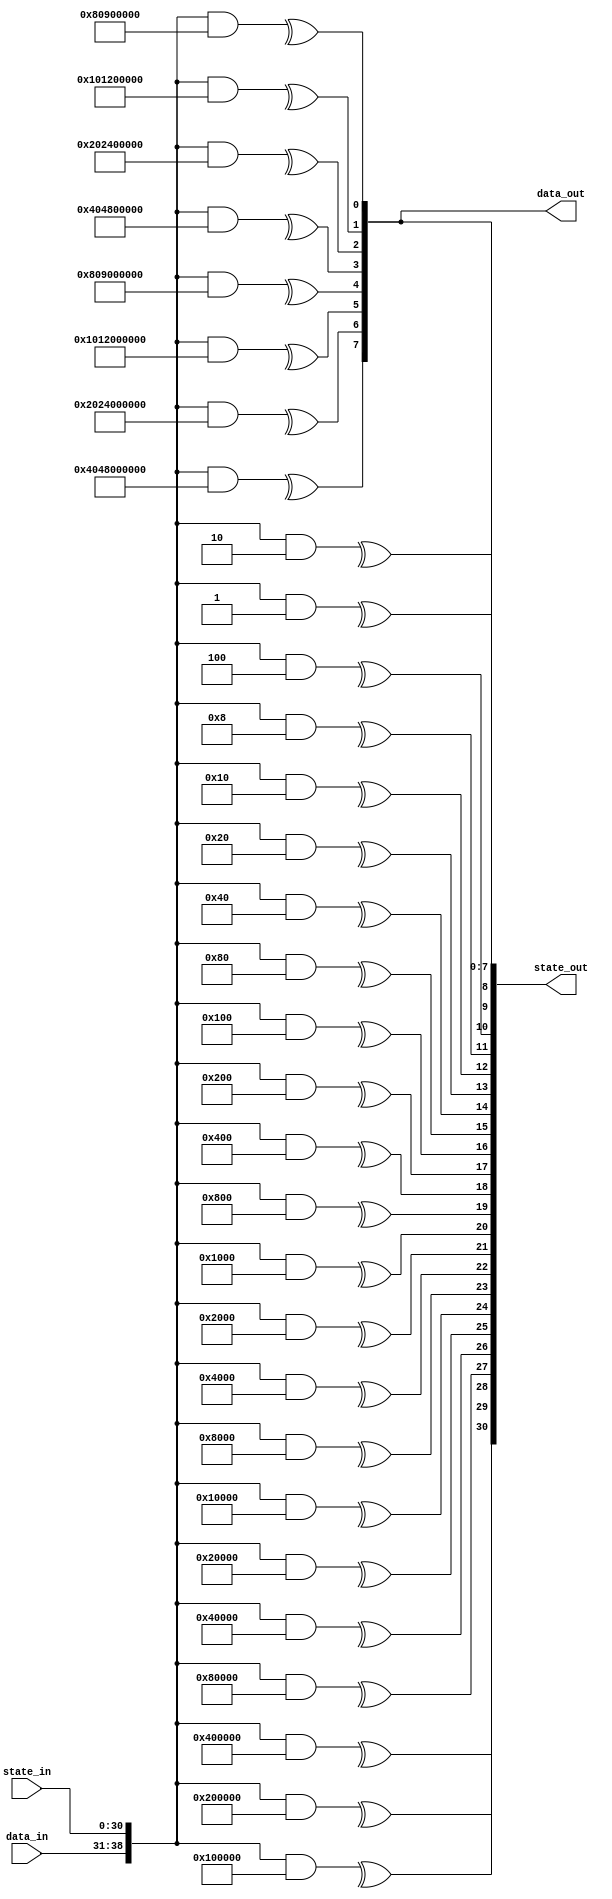
/*

Copyright (c) 2016-2023 Alex Forencich

Permission is hereby granted, free of charge, to any person obtaining a copy
of this software and associated documentation files (the "Software"), to deal
in the Software without restriction, including without limitation the rights
to use, copy, modify, merge, publish, distribute, sublicense, and/or sell
copies of the Software, and to permit persons to whom the Software is
furnished to do so, subject to the following conditions:

The above copyright notice and this permission notice shall be included in
all copies or substantial portions of the Software.

THE SOFTWARE IS PROVIDED "AS IS", WITHOUT WARRANTY OF ANY KIND, EXPRESS OR
IMPLIED, INCLUDING BUT NOT LIMITED TO THE WARRANTIES OF MERCHANTABILITY
FITNESS FOR A PARTICULAR PURPOSE AND NONINFRINGEMENT. IN NO EVENT SHALL THE
AUTHORS OR COPYRIGHT HOLDERS BE LIABLE FOR ANY CLAIM, DAMAGES OR OTHER
LIABILITY, WHETHER IN AN ACTION OF CONTRACT, TORT OR OTHERWISE, ARISING FROM,
OUT OF OR IN CONNECTION WITH THE SOFTWARE OR THE USE OR OTHER DEALINGS IN
THE SOFTWARE.

*/

// Language: Verilog 2001

`resetall
`timescale 1ns / 1ps
`default_nettype none

/*
 * Parametrizable combinatorial parallel LFSR/CRC (Linear Feedback Shift Register/Cyclic Redundancy Check)
 */
module lfsr #
(
    // ancho del LFSR
    parameter LFSR_WIDTH = 31,
    // polinomio del LFSR
    parameter LFSR_POLY = 31'h10000001,	// los 31 bits son el grado del polinomio, despus los trminos 1 y x^y se representan por 1, en este caso: x^31+x^28+1. El trmino ms grande del polinomio (x^31) no se incluye en este parmetro, sino que se genera automticamente por LFSR_WIDTH
    // LFSR configuracion: "GALOIS", "FIBONACCI" Fibonacci is generally used for linear-feedback shift registers (LFSR) for pseudorandom binary sequence (PRBS) generators, scramblers, and descrambers,
    // while Galois is generally used for cyclic redundancy check generators and checkers.
    parameter LFSR_CONFIG = "FIBONACCI",	// genera secuencias binarias pseudoaleatorias
    // LFSR feed forward enable: habilita el feed forward en vez de feedback (en este caso no est habilitado)
    parameter LFSR_FEED_FORWARD = 0, 		// Enable this for PRBS checking and self- synchronous descrambling.
    // bit-reverse input and output: en este caso no invierte la entrada y salida del LFSR
    parameter REVERSE = 0,	//Shifts MSB first by default, set REVERSE for LSB first.
    // width of data input
    parameter DATA_WIDTH = 8,
    // implementation style: "AUTO", "LOOP", "REDUCTION"
    parameter STYLE = "AUTO"	// selecciona automticamente el estilo de implementacin del LFSR segn el entorno de simulacin o sntesis
)
(
    input  wire [DATA_WIDTH-1:0] data_in,	// datos de entrada que se desplazarn a travs del LFSR
    input  wire [LFSR_WIDTH-1:0] state_in,	// estado actual del LFSR
    output wire [DATA_WIDTH-1:0] data_out,	// datos de salida que representan los bits desplazados fuera del LFSR
    output wire [LFSR_WIDTH-1:0] state_out	// prximo estado del LFSR
);

/*

Fully parametrizable combinatorial parallel LFSR/CRC module.  Implements an unrolled LFSR
next state computation, shifting DATA_WIDTH bits per pass through the module.  Input data
is XORed with LFSR feedback path, tie data_in to zero if this is not required.

Works in two parts: statically computes a set of bit masks, then uses these bit masks to
select bits for XORing to compute the next state.  

Ports:

data_in

Data bits to be shifted through the LFSR (DATA_WIDTH bits)

state_in

LFSR/CRC current state input (LFSR_WIDTH bits)

data_out

Data bits shifted out of LFSR (DATA_WIDTH bits)

state_out

LFSR/CRC next state output (LFSR_WIDTH bits)

Parameters:

LFSR_WIDTH

Specify width of LFSR/CRC register

LFSR_POLY

Specify the LFSR/CRC polynomial in hex format.  For example, the polynomial

x^32 + x^26 + x^23 + x^22 + x^16 + x^12 + x^11 + x^10 + x^8 + x^7 + x^5 + x^4 + x^2 + x + 1

would be represented as

32'h04c11db7

Note that the largest term (x^32) is suppressed.  This term is generated automatically based
on LFSR_WIDTH.

LFSR_CONFIG

Specify the LFSR configuration, either Fibonacci or Galois.  Fibonacci is generally used
for linear-feedback shift registers (LFSR) for pseudorandom binary sequence (PRBS) generators,
scramblers, and descrambers, while Galois is generally used for cyclic redundancy check
generators and checkers.

Fibonacci style (example for 64b66b scrambler, 0x8000000001 = 1+x^39)

   DIN (LSB first) (DIN = Datos de Entrada)
    |
    V
   (+)<---------------------------(+)<-----------------------------.
    |                              ^                               |
    |  .----.  .----.       .----. |  .----.       .----.  .----.  |
    +->|  0 |->|  1 |->...->| 38 |-+->| 39 |->...->| 56 |->| 57 |--'
    |  '----'  '----'       '----'    '----'       '----'  '----'
    V
   DOUT	(DOUT = Datos de salida)

Galois style (example for CRC16, 0x8005 = x^15+x^2+1)

    ,-------------------+-------------------------+----------(+)<-- DIN (MSB first)
    |                   |                         |           ^
    |  .----.  .----.   V   .----.       .----.   V   .----.  |
    `->|  0 |->|  1 |->(+)->|  2 |->...->| 14 |->(+)->| 15 |--+---> DOUT
       '----'  '----'       '----'       '----'       '----'

LFSR_FEED_FORWARD

Generate feed forward instead of feed back LFSR.  Enable this for PRBS checking and self-
synchronous descrambling.

Fibonacci feed-forward style (example for 64b66b descrambler, 0x8000000001)

   DIN (LSB first)
    |
    |  .----.  .----.       .----.    .----.       .----.  .----.
    +->|  0 |->|  1 |->...->| 38 |-+->| 39 |->...->| 56 |->| 57 |--.
    |  '----'  '----'       '----' |  '----'       '----'  '----'  |
    |                              V                               |
   (+)<---------------------------(+)------------------------------'
    |
    V
   DOUT

Galois feed-forward style

    ,-------------------+-------------------------+------------+--- DIN (MSB first)
    |                   |                         |            |
    |  .----.  .----.   V   .----.       .----.   V   .----.   V
    `->|  0 |->|  1 |->(+)->|  2 |->...->| 14 |->(+)->| 15 |->(+)-> DOUT
       '----'  '----'       '----'       '----'       '----'

REVERSE

Bit-reverse LFSR input and output.  Shifts MSB first by default, set REVERSE for LSB first.

DATA_WIDTH

Specify width of input and output data bus.  The module will perform one shift per input
data bit, so if the input data bus is not required tie data_in to zero and set DATA_WIDTH
to the required number of shifts per clock cycle.  

STYLE

Specify implementation style.  Can be "AUTO", "LOOP", or "REDUCTION".  When "AUTO"
is selected, implemenation will be "LOOP" or "REDUCTION" based on synthesis translate
directives.  "REDUCTION" and "LOOP" are functionally identical, however they simulate
and synthesize differently.  "REDUCTION" is implemented with a loop over a Verilog
reduction operator.  "LOOP" is implemented as a doubly-nested loop with no reduction
operator.  "REDUCTION" is very fast for simulation in iverilog and synthesizes well in
Quartus but synthesizes poorly in ISE, likely due to large inferred XOR gates causing
problems with the optimizer.  "LOOP" synthesizes will in both ISE and Quartus.  "AUTO"
will default to "REDUCTION" when simulating and "LOOP" for synthesizers that obey
synthesis translate directives.

Settings for common LFSR/CRC implementations:

Name        Configuration           Length  Polynomial      Initial value   Notes
CRC16-IBM   Galois, bit-reverse     16      16'h8005        16'hffff
CRC16-CCITT Galois                  16      16'h1021        16'h1d0f
CRC32       Galois, bit-reverse     32      32'h04c11db7    32'hffffffff    Ethernet FCS; invert final output
CRC32C      Galois, bit-reverse     32      32'h1edc6f41    32'hffffffff    iSCSI, Intel CRC32 instruction; invert final output
PRBS6       Fibonacci               6       6'h21           any
PRBS7       Fibonacci               7       7'h41           any
PRBS9       Fibonacci               9       9'h021          any             ITU V.52
PRBS10      Fibonacci               10      10'h081         any             ITU
PRBS11      Fibonacci               11      11'h201         any             ITU O.152
PRBS15      Fibonacci, inverted     15      15'h4001        any             ITU O.152
PRBS17      Fibonacci               17      17'h04001       any
PRBS20      Fibonacci               20      20'h00009       any             ITU V.57
PRBS23      Fibonacci, inverted     23      23'h040001      any             ITU O.151
PRBS29      Fibonacci, inverted     29      29'h08000001    any
PRBS31      Fibonacci, inverted     31      31'h10000001    any
64b66b      Fibonacci, bit-reverse  58      58'h8000000001  any             10G Ethernet
128b130b    Galois, bit-reverse     23      23'h210125      any             PCIe gen 3

*/

function [LFSR_WIDTH+DATA_WIDTH-1:0] lfsr_mask(input [31:0] index); // funcion que calcula la mscara para la operacin LFSR. Recibe un ndice como entrada y devuelve una mscara de btis que se utiliza para seleccionar los bits relevantes para el clculo del prximo estado
    reg [LFSR_WIDTH-1:0] lfsr_mask_state[LFSR_WIDTH-1:0];	// registro para almacenar el estado de la mscara del LFSR
    reg [DATA_WIDTH-1:0] lfsr_mask_data[LFSR_WIDTH-1:0];	// registro para almacenar los datos del LFSR
    reg [LFSR_WIDTH-1:0] output_mask_state[DATA_WIDTH-1:0];	// registro del estado de la mscara de salida
    reg [DATA_WIDTH-1:0] output_mask_data[DATA_WIDTH-1:0];	// registro de los datos de la mscara de salida

    reg [LFSR_WIDTH-1:0] state_val;	// registro adicional para almacenar valores de estado
    reg [DATA_WIDTH-1:0] data_val;	// registro adicional para almacenar valores de datos

    reg [DATA_WIDTH-1:0] data_mask;

    integer i, j;

    begin
        // init bit masks inicializo los bits de la mscara
        for (i = 0; i < LFSR_WIDTH; i = i + 1) begin
            lfsr_mask_state[i] = 0;		// inicializa en cero todos los bits del estado de la mscara
            lfsr_mask_state[i][i] = 1'b1;	// pone en uno los elementos de la diagonal principal (bits relevantes para el clculo de la mscara)
            lfsr_mask_data[i] = 0;		// inicializa en cero los bits de datos del LFSR
        end
        for (i = 0; i < DATA_WIDTH; i = i + 1) begin	// inicializa los registros relacionados con la salida de la mscara
            output_mask_state[i] = 0;			// inicializa en cero los bits del estado de la mscara de salida
            if (i < LFSR_WIDTH) begin
                output_mask_state[i][i] = 1'b1;		// pone en uno los elementos de la diagonal principal cuyo ndice sea menor al ancho de LFSR
            end
            output_mask_data[i] = 0;			// inicializa en cero los datos de la mscara de salida
        end

        // simulate shift register
        if (LFSR_CONFIG == "FIBONACCI") begin
            // Fibonacci configuration
            for (data_mask = {1'b1, {DATA_WIDTH-1{1'b0}}}; data_mask != 0; data_mask = data_mask >> 1) begin //  inicializa data_mask con una secuencia binaria que comienza con un 1 seguido de ceros, y luego realiza un desplazamiento a la derecha en cada iteracin hasta que data_mask sea cero.
                // determine shift in value
                // current value in last FF, XOR with input data bit (MSB first)
                state_val = lfsr_mask_state[LFSR_WIDTH-1];	//sate_val toma el valor del estado de la mscara lfsr de la ltima iteracin
                data_val = lfsr_mask_data[LFSR_WIDTH-1];	//data_val toma el valor de dato de la mscara lfsr de la ltima iteracin
                data_val = data_val ^ data_mask;		// realiza una operacin XOR entre data_val y data_mask

                // add XOR inputs from correct indicies
                for (j = 1; j < LFSR_WIDTH; j = j + 1) begin
                    if ((LFSR_POLY >> j) & 1) begin	// Verifica si el bit en la posicin j del polinomio LFSR es 1.
                        state_val = lfsr_mask_state[j-1] ^ state_val;	//realiza una operacin XOR entre state_val y el estado correspondiente en lfsr_mask_state.
                        data_val = lfsr_mask_data[j-1] ^ data_val;	//realiza una operacin XOR entre data_val y los datos correspondientes en lfsr_mask_data.
                    end
                end

                // shift
                for (j = LFSR_WIDTH-1; j > 0; j = j - 1) begin	//realiza un desplazamiento hacia la derecha en los registros de estado y datos del LFSR.
                    lfsr_mask_state[j] = lfsr_mask_state[j-1];
                    lfsr_mask_data[j] = lfsr_mask_data[j-1];
                end
                for (j = DATA_WIDTH-1; j > 0; j = j - 1) begin	//realiza un desplazamiento hacia la derecha en los registros de estado y datos de salida.
                    output_mask_state[j] = output_mask_state[j-1];
                    output_mask_data[j] = output_mask_data[j-1];
                end
                output_mask_state[0] = state_val;	// actualiza el primer elemento de output_mask_state con el nuevo state_val.
                output_mask_data[0] = data_val;		// actualiza el primer elemento de output_mask_data con el nuevo data_val.
                if (LFSR_FEED_FORWARD) begin		
                    // only shift in new input data
                    state_val = {LFSR_WIDTH{1'b0}};	// establece todos los bits de state_val en 0.
                    data_val = data_mask;		// establece data_val en el valor de data_mask para la siguiente iteracin.
                end
                lfsr_mask_state[0] = state_val;		// actualiza el primer elemento de lfsr_mask_state con el nuevo state_val.
                lfsr_mask_data[0] = data_val;		// actualiza el primer elemento de lfsr_mask_data con el nuevo data_val.
            end
        end else if (LFSR_CONFIG == "GALOIS") begin
            // Galois configuration
            for (data_mask = {1'b1, {DATA_WIDTH-1{1'b0}}}; data_mask != 0; data_mask = data_mask >> 1) begin	// inicializa data_mask con una secuencia binaria que comienza con un 1 seguido de ceros, y luego realiza un desplazamiento a la derecha en cada iteracin hasta que data_mask sea cero.
                // determine shift in value
                // current value in last FF, XOR with input data bit (MSB first)
                state_val = lfsr_mask_state[LFSR_WIDTH-1];				// inicializa state_val con el valor del ltimo estado en el registro de desplazamiento.
                data_val = lfsr_mask_data[LFSR_WIDTH-1];				// inicializa data_val con el valor de los datos en el ltimo estado en el registro de desplazamiento.
                data_val = data_val ^ data_mask;					// realiza una operacin XOR entre data_val y data_mask.

                // shift
                for (j = LFSR_WIDTH-1; j > 0; j = j - 1) begin		// realiza un desplazamiento hacia la derecha en los registros de estado y datos del LFSR.
                    lfsr_mask_state[j] = lfsr_mask_state[j-1];
                    lfsr_mask_data[j] = lfsr_mask_data[j-1];
                end
                for (j = DATA_WIDTH-1; j > 0; j = j - 1) begin		// realiza un desplazamiento hacia la derecha en los registros de salida de la mscara.
                    output_mask_state[j] = output_mask_state[j-1];
                    output_mask_data[j] = output_mask_data[j-1];
                end
                output_mask_state[0] = state_val;		// Actualiza el primer elemento de output_mask_state con el nuevo state_val.
                output_mask_data[0] = data_val;			// Actualiza el primer elemento de output_mask_data con el nuevo data_val.
                if (LFSR_FEED_FORWARD) begin			
                    // only shift in new input data
                    state_val = {LFSR_WIDTH{1'b0}};		// establece todos los bits de state_val en 0.
                    data_val = data_mask;			// establece data_val en el valor de data_mask para la siguiente iteracin.
                end
                lfsr_mask_state[0] = state_val;			// Actualiza el primer elemento de lfsr_mask_state con el nuevo state_val.
                lfsr_mask_data[0] = data_val;			// Actualiza el primer elemento de lfsr_mask_data con el nuevo data_val.

                // add XOR inputs at correct indicies
                for (j = 1; j < LFSR_WIDTH; j = j + 1) begin	// itera sobre los ndices del LFSR para realizar la operacin XOR en aquellos ndices especficos determinados por el polinomio del LFSR
                    if ((LFSR_POLY >> j) & 1) begin		// Verifica si el bit en la posicin j del polinomio LFSR es 1.
                        lfsr_mask_state[j] = lfsr_mask_state[j] ^ state_val;	//realiza una operacin XOR entre state_val y el estado correspondiente en lfsr_mask_state.
                        lfsr_mask_data[j] = lfsr_mask_data[j] ^ data_val;	//realiza una operacin XOR entre data_val y los datos correspondientes en lfsr_mask_data.
                    end
                end
            end
        end else begin
            $error("Error: unknown configuration setting!");
            $finish;
        end

        // reverse bits if selected
        if (REVERSE) begin
            if (index < LFSR_WIDTH) begin
                state_val = 0;		//  Se inicializa state_val como cero
                for (i = 0; i < LFSR_WIDTH; i = i + 1) begin
                    state_val[i] = lfsr_mask_state[LFSR_WIDTH-index-1][LFSR_WIDTH-i-1];
                end

                data_val = 0;
                for (i = 0; i < DATA_WIDTH; i = i + 1) begin
                    data_val[i] = lfsr_mask_data[LFSR_WIDTH-index-1][DATA_WIDTH-i-1];
                end
            end else begin
                state_val = 0;
                for (i = 0; i < LFSR_WIDTH; i = i + 1) begin
                    state_val[i] = output_mask_state[DATA_WIDTH-(index-LFSR_WIDTH)-1][LFSR_WIDTH-i-1];
                end

                data_val = 0;
                for (i = 0; i < DATA_WIDTH; i = i + 1) begin
                    data_val[i] = output_mask_data[DATA_WIDTH-(index-LFSR_WIDTH)-1][DATA_WIDTH-i-1];
                end
            end
        end else begin
            if (index < LFSR_WIDTH) begin
                state_val = lfsr_mask_state[index];
                data_val = lfsr_mask_data[index];
            end else begin
                state_val = output_mask_state[index-LFSR_WIDTH];
                data_val = output_mask_data[index-LFSR_WIDTH];
            end
        end
        lfsr_mask = {data_val, state_val};
    end
endfunction

// synthesis translate_off
`define SIMULATION
// synthesis translate_on

`ifdef SIMULATION
// "AUTO" style is "REDUCTION" for faster simulation
parameter STYLE_INT = (STYLE == "AUTO") ? "REDUCTION" : STYLE;
`else
// "AUTO" style is "LOOP" for better synthesis result
parameter STYLE_INT = (STYLE == "AUTO") ? "LOOP" : STYLE;
`endif

genvar n;

generate

if (STYLE_INT == "REDUCTION") begin

    // use Verilog reduction operator
    // fast in iverilog
    // significantly larger than generated code with ISE (inferred wide XORs may be tripping up optimizer)
    // slightly smaller than generated code with Quartus
    // --> better for simulation

    for (n = 0; n < LFSR_WIDTH; n = n + 1) begin : lfsr_state
        wire [LFSR_WIDTH+DATA_WIDTH-1:0] mask = lfsr_mask(n);
        assign state_out[n] = ^({data_in, state_in} & mask);
    end
    for (n = 0; n < DATA_WIDTH; n = n + 1) begin : lfsr_data
        wire [LFSR_WIDTH+DATA_WIDTH-1:0] mask = lfsr_mask(n+LFSR_WIDTH);
        assign data_out[n] = ^({data_in, state_in} & mask);
    end

end else if (STYLE_INT == "LOOP") begin

    // use nested loops
    // very slow in iverilog
    // slightly smaller than generated code with ISE
    // same size as generated code with Quartus
    // --> better for synthesis

    for (n = 0; n < LFSR_WIDTH; n = n + 1) begin : lfsr_state
        wire [LFSR_WIDTH+DATA_WIDTH-1:0] mask = lfsr_mask(n);

        reg state_reg;

        assign state_out[n] = state_reg;

        integer i;

        always @* begin
            state_reg = 1'b0;
            for (i = 0; i < LFSR_WIDTH; i = i + 1) begin
                if (mask[i]) begin
                    state_reg = state_reg ^ state_in[i];
                end
            end
            for (i = 0; i < DATA_WIDTH; i = i + 1) begin
                if (mask[i+LFSR_WIDTH]) begin
                    state_reg = state_reg ^ data_in[i];
                end
            end
        end
    end
    for (n = 0; n < DATA_WIDTH; n = n + 1) begin : lfsr_data
        wire [LFSR_WIDTH+DATA_WIDTH-1:0] mask = lfsr_mask(n+LFSR_WIDTH);

        reg data_reg;

        assign data_out[n] = data_reg;

        integer i;

        always @* begin
            data_reg = 1'b0;
            for (i = 0; i < LFSR_WIDTH; i = i + 1) begin
                if (mask[i]) begin
                    data_reg = data_reg ^ state_in[i];
                end
            end
            for (i = 0; i < DATA_WIDTH; i = i + 1) begin
                if (mask[i+LFSR_WIDTH]) begin
                    data_reg = data_reg ^ data_in[i];
                end
            end
        end
    end

end else begin

    initial begin
        $error("Error: unknown style setting!");
        $finish;
    end

end

endgenerate

endmodule

`resetall